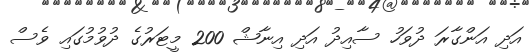
އަދި އަންގާރަ ދުވަހު ސާއިދު އަދި އިނާޝް 200 މީޓަރުގެ ދުވުމުގައި ވެސް